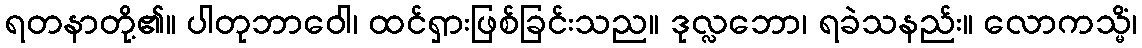
ရတနာတို့၏။ ပါတုဘာဝေါ၊ ထင်ရှားဖြစ်ခြင်းသည။ ဒုလ္လဘော၊ ရခဲသနည်း။ လောကသ္မိံ၊